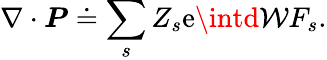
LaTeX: \nabla\cdot\boldsymbol{P}\doteq\sum_{s}Z_{s}\mathrm{e}\intd\mathcal{{W}}F_{s}.